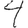
Digit: 4